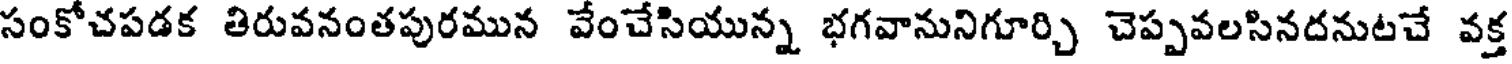
సంకోచపడక తిరువనంతపురమున వేంచేసియున్న భగవానునిగూర్చి చెప్పవలసినదనుటచే వక్త